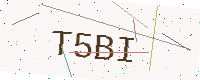
Text: T5BI